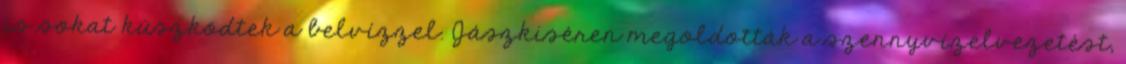
is sokat küszködtek a belvízzel. Jászkiséren megoldották a szennyvízelvezetést,